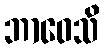
ဘာဝေသိ